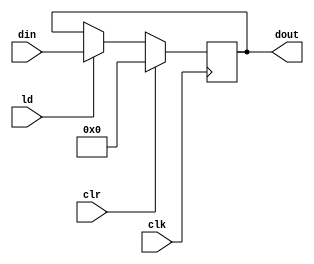
`timescale 1ns / 1ps
//////////////////////////////////////////////////////////////////////////////////
// Company: 
// Engineer: 
// 
// Design Name: 
// Module Name:    PIPO2 
// Project Name: 
// Target Devices: 
// Tool versions: 
// Description: 
//
// Dependencies: 
//
// Revision: 
// Revision 0.01 - File Created
// Additional Comments: 
//
//////////////////////////////////////////////////////////////////////////////////
module PIPO2(dout,din,ld,clr,clk);
input [15:0]din;
input ld,clr,clk;
output reg [15:0]dout;
always @(posedge clk)
if (clr) dout<=16'b0;
else if (ld) dout<=din;
endmodule